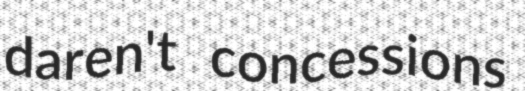
daren't concessions